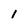
Character: I